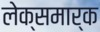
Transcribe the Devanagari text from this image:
लेक्समार्क